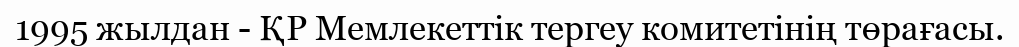
1995 жылдан - ҚР Мемлекеттік тергеу комитетінің төрағасы.